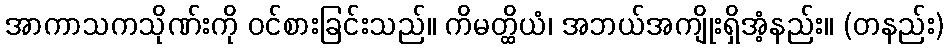
အာကာသကသိုဏ်းကို ဝင်စားခြင်းသည်။ ကိမတ္ထိယံ၊ အဘယ်အကျိုးရှိအံ့နည်း။ (တနည်း)